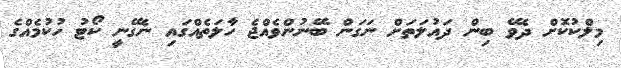
މިލްކުކޮށް ދެވޭ ބިން ދައުލަތަށް ނަގަން ބޭނުންވެއްޖެ ހާލަތެއްގައި ނެގޭނީ ކޯޓު ހުކުމެއްގެ